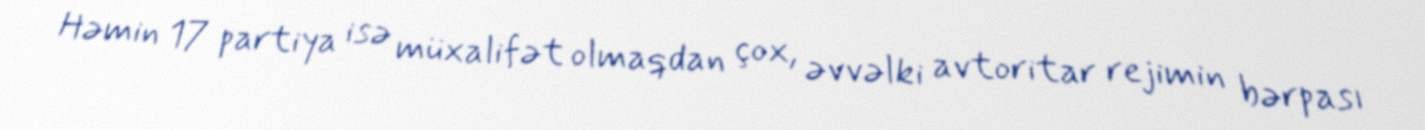
Həmin 17 partiya isə müxalifət olmaqdan çox, əvvəlki avtoritar rejimin bərpası